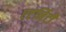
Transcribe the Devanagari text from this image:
एटर्निंटी